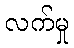
လက်မှု